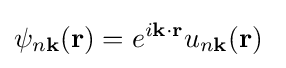
\psi _{n\mathbf {k} }(\mathbf {r} )=e^{i\mathbf {k} \cdot \mathbf {r} }u_{n\mathbf {k} }(\mathbf {r} )\